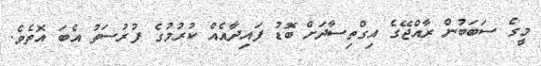
މީގެ ސަބަބުން ރާއްޖޭގެ އިގްތިސާދަށް ބޮޑު ފައިދާއެއް ކުރުމުގެ ފުރުސަތު އެބަ އޮތެވެ.